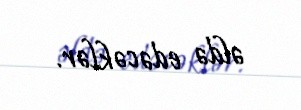
əldə edəcəklər.